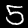
Digit: 5